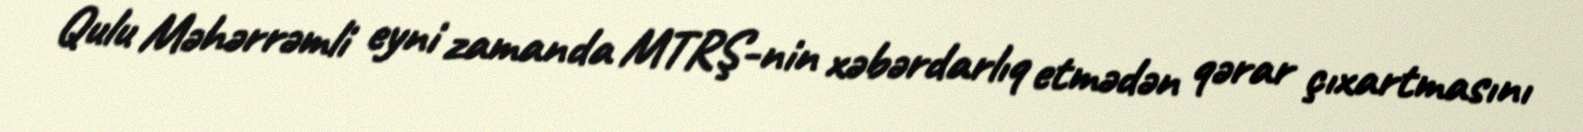
Qulu Məhərrəmli eyni zamanda MTRŞ-nin xəbərdarlıq etmədən qərar çıxartmasını